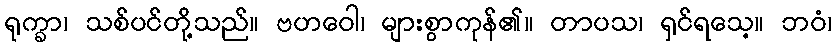
ရုက္ခာ၊ သစ်ပင်တို့သည်။ ဗဟဝေါ၊ များစွာကုန်၏။ တာပသ၊ ရှင်ရသေ့။ ဘဝံ၊